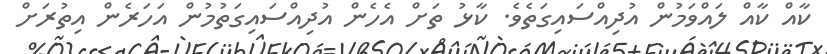
ކާއް ކާއް ލައްވަމުން އުދިއްސައިގަތެވެ. ކާޅު ތަށް އެހެން އުދިއްސައިގަތުމުން އަހަރެން އިތުރަށް